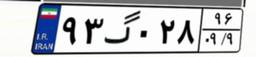
۹۳گ۰۲۸۹۶